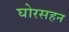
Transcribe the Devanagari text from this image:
घोरसहन